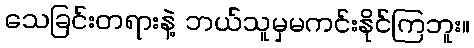
သေခြင်းတရားနဲ့ ဘယ်သူမှမကင်းနိုင်ကြဘူး။